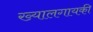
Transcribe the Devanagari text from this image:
ख्यालगायकी